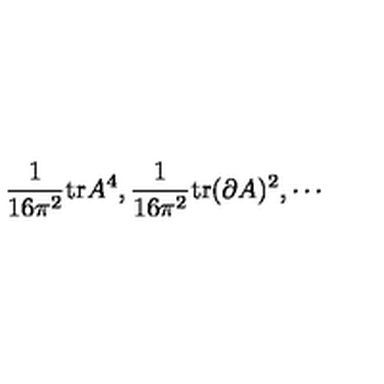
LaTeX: \frac { 1 } { 1 6 \pi ^ { 2 } } \mathrm { t r } A ^ { 4 } , \frac { 1 } { 1 6 \pi ^ { 2 } } \mathrm { t r } ( \partial A ) ^ { 2 } , \cdots